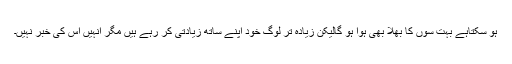
ہو سکتاہے بہت سوں کا بھلا بھی ہوا ہو گالیکن زیادہ تر لوگ خود اپنے ساتھ زیادتی کر رہے ہیں مگر انہیں اس کی خبر نہیں۔